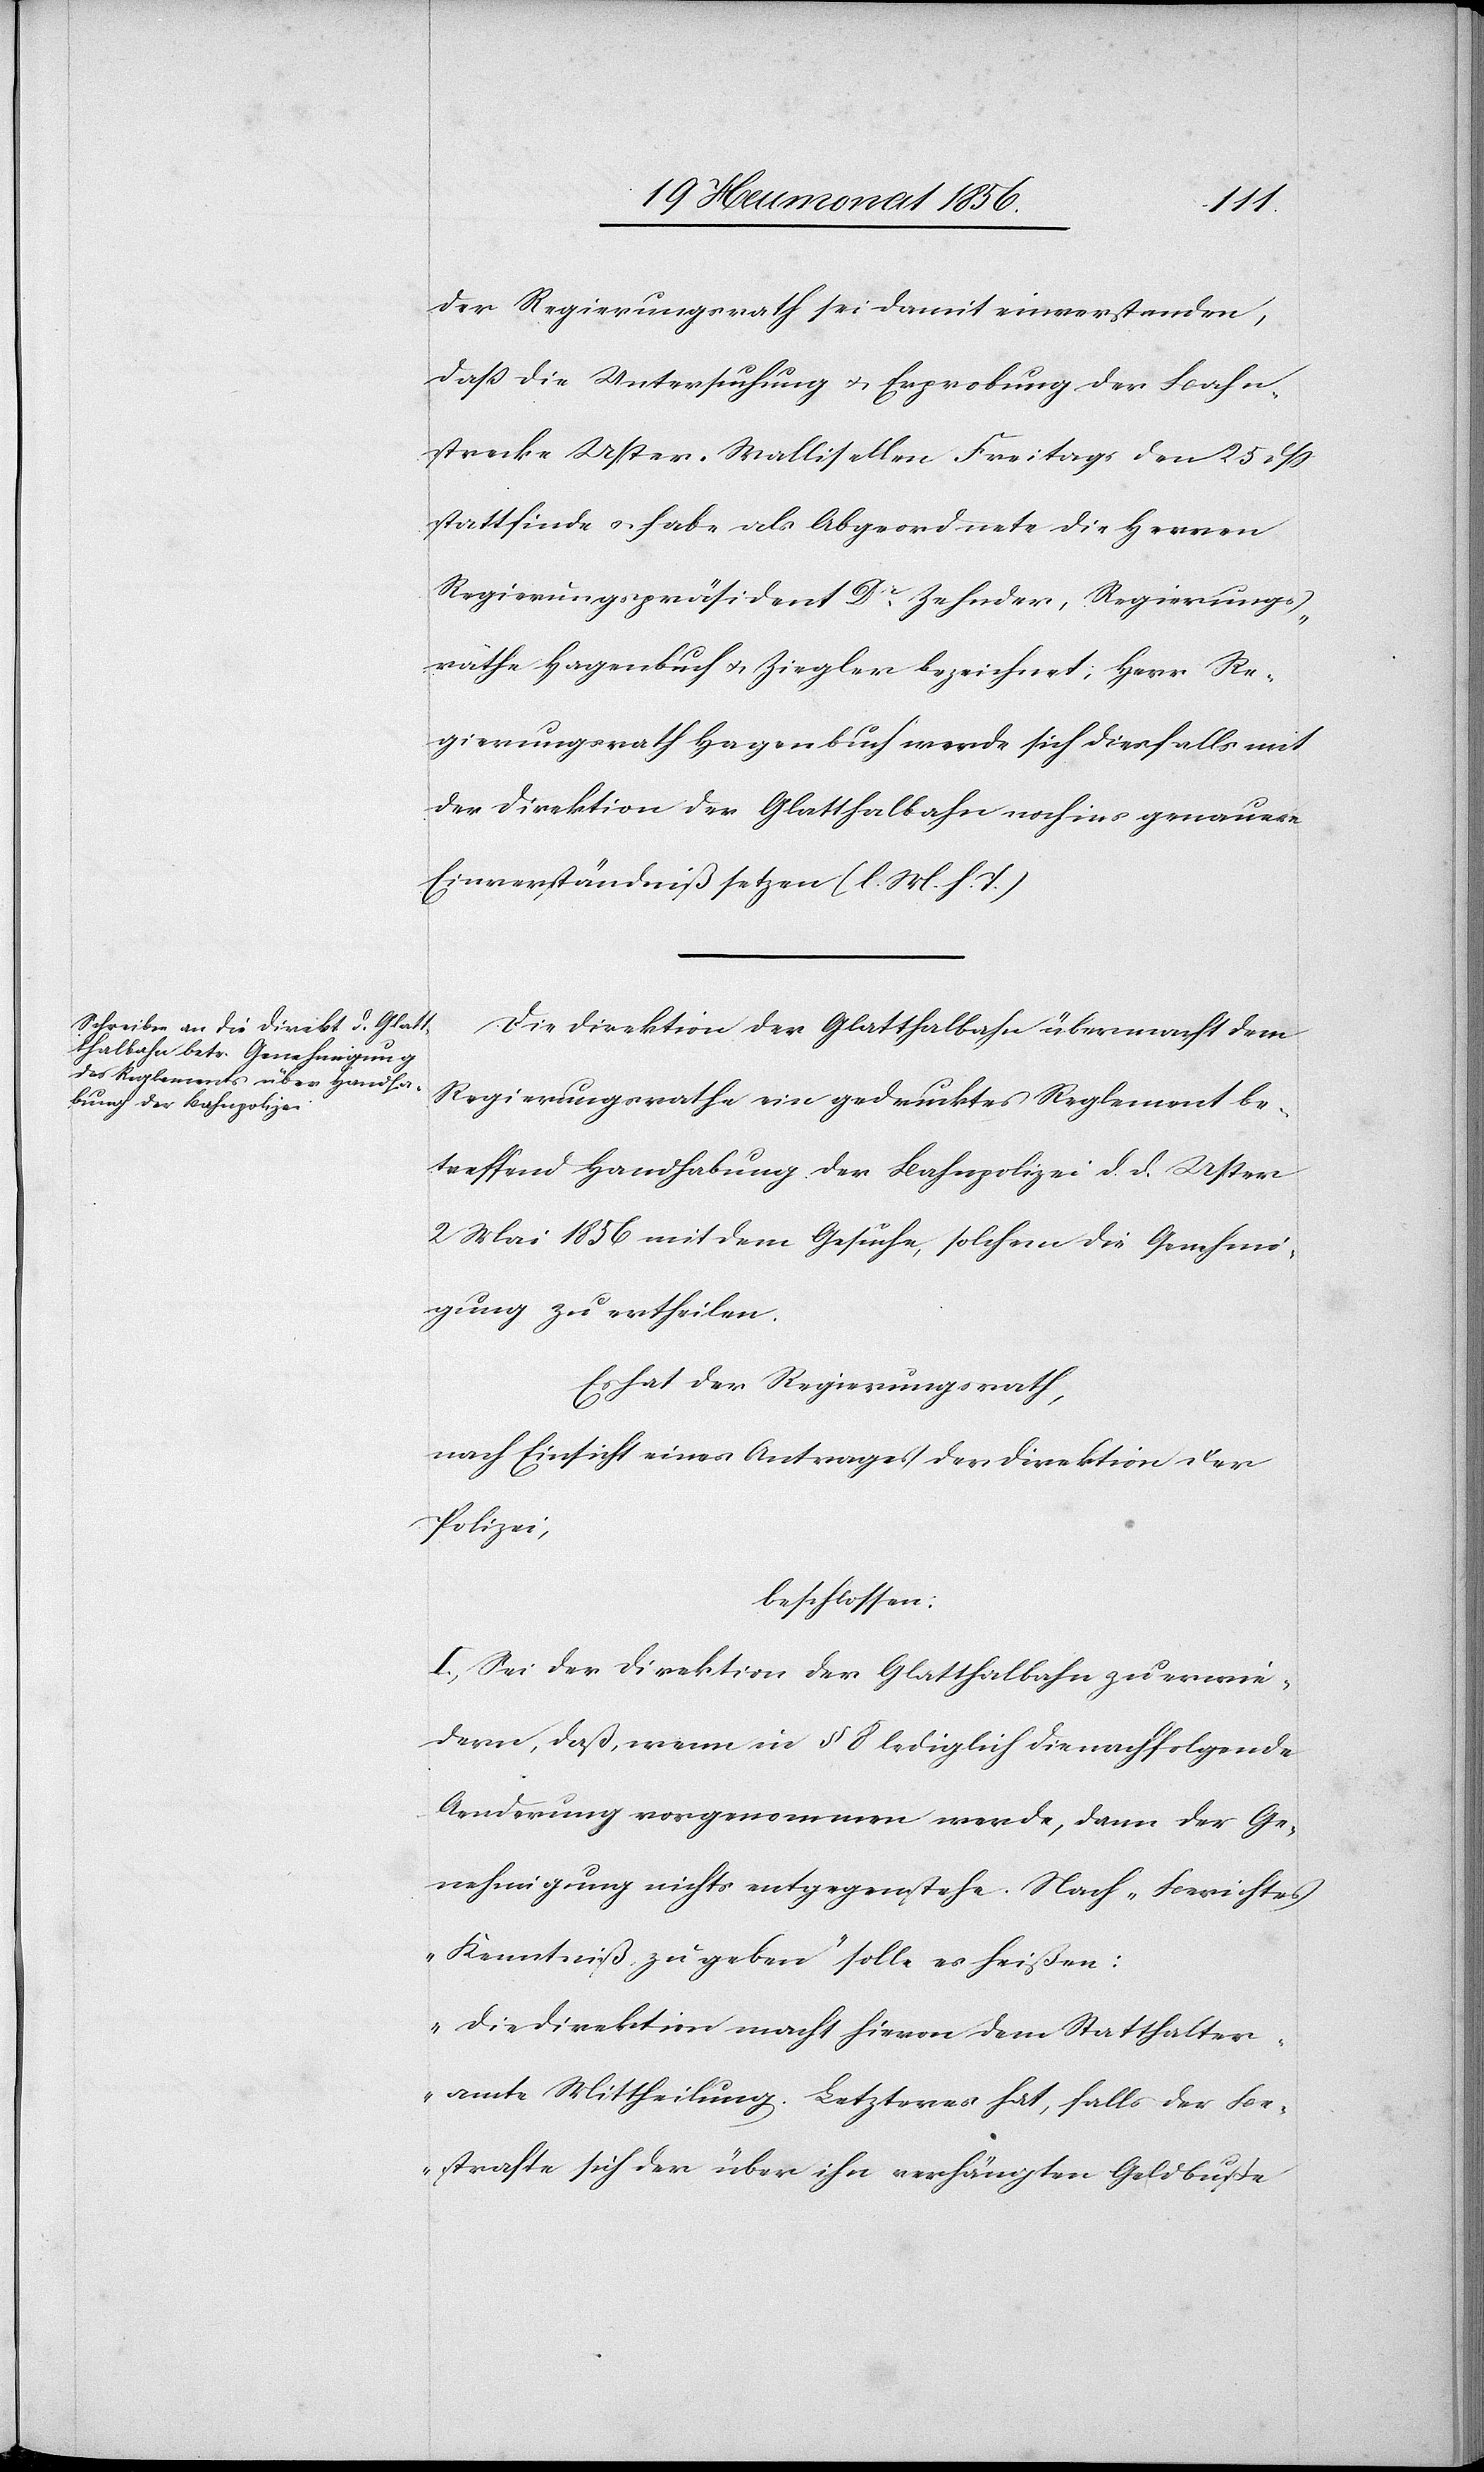
der Regierungsrath sei damit einverstanden,
dass die Untersuchung u. Erprobung der Bahn¬
strecke Uster-Wallisellen Freitags den 25 dss
stattfinde u. habe als Abgeordnete die Herren
Regierungspräsident Dr Zehnder, Regierungs¬
räthe Hagenbuch u. Ziegler bezeichnet; Herr Re¬
gierungsrath Hagenbuch werde sich diesfalls mit
der Direktion der Glatthalbahn noch ins genauere
Einverständniß setzen (l. M. h. T.)
Die Direktion der Glatthalbahn übermacht dem
Regierungsrathe ein gedrucktes Reglement be¬
treffend Handhabung der Bahnpolizei d. d. Uster
2 Mai 1856 mit dem Gesuche, solchem die Genehmi¬
gung zu ertheilen.
Es hat der Regierungsrath,
nach Einsicht eines Antrages der Direktion der
Polizei,
beschlossen:
I.) Sei der Direktion der Glatthalbahn zu erwie¬
dern, daß, wenn in § 8 lediglich die nachfolgende
Aenderung vorgenommen werde, dann der Ge¬
nehmigung nichts entgegenstehe. Nach „Berichtes
Kenntniß zu geben" solle es heißen:
„Die Direktion macht hievon dem Statthalter¬
amte Mittheilung. Letzteres hat, falls der Be¬
strafte sich der über ihn verhängten Geldbuße